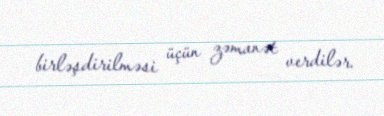
birləşdirilməsi üçün zəmanət verdilər.